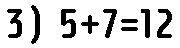
3) 5+7=12